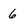
Character: 6